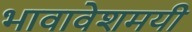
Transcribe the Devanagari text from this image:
भावावेशमयी